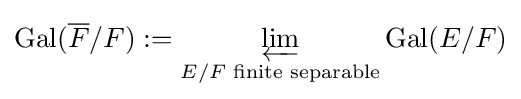
\operatorname {Gal} ({\overline {F}}/F):=\varprojlim _{E/F{\text{ finite separable}}}{\operatorname {Gal} (E/F)}